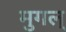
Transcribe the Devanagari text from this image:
मुगल्